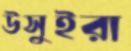
উসুইরা